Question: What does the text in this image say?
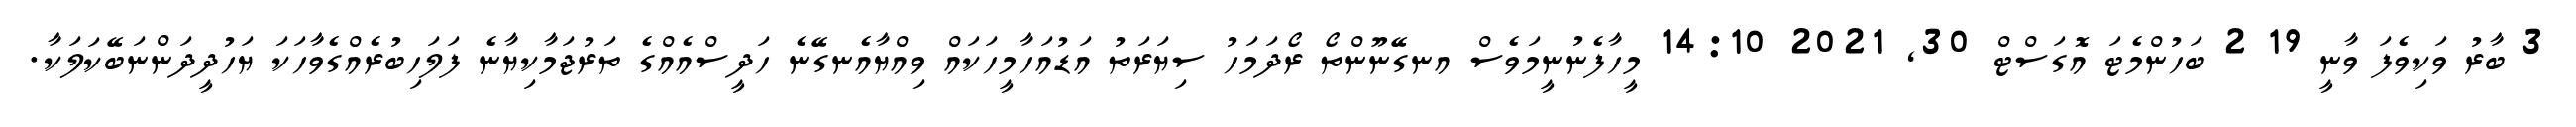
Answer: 3 ބާރު ވަކިވެފަ ވާނީ 19 2 ބަހުންމެޓަ އޮގަސްޓް 30, 2021 14:10 މީހާފެނުނީމަވެސް އނގޭނޫންތޯ ރޯދަމަހު ސިޔަރަތު އަޑުއަހާމީހަކައް ވިއްޔާއެނގޭނެ ހަދީސްއެއްގެ ތަރުޖަމާކިޔާނެ ފަލަހިބުރެއްގެވާހަކަ ޔަހުދީދަންނަބޭކަލަކާ.